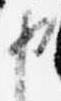
申